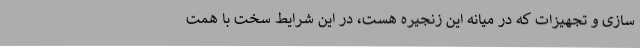
سازی و تجهیزات که در میانه این زنجیره هست، در این شرایط سخت با همت